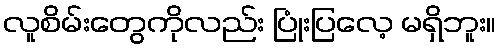
လူစိမ်းတွေကိုလည်း ပြုံးပြလေ့ မရှိဘူး။